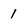
Character: 1